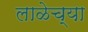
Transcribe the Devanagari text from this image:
लाळेच्या